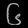
Digit: ၆